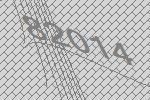
82014